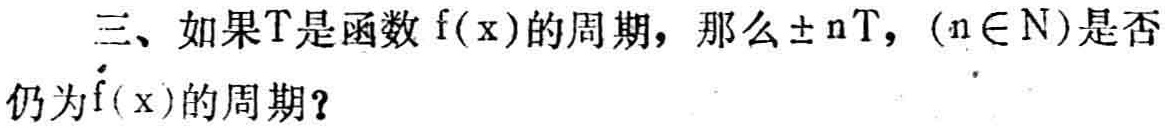
三、如果\(T\)是函数\(f(x)\)的周期，那么\(\pm nT\)，\((n\in N)\)是否仍为\(f(x)\)的周期？